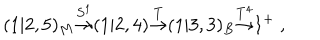
( 1 | 2 , 5 ) _ { M } { \frac { \buildrel S ^ { 1 } } { \rightarrow } } ( 1 | 2 , 4 ) { \frac { \buildrel T } { \rightarrow } } ( 1 | 3 , 3 ) _ { B } { \frac { \buildrel T ^ { 4 } } { \rightarrow } } 1 ^ { + } \ ,